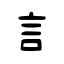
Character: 言